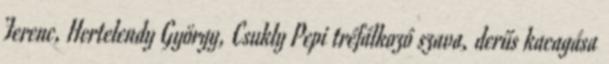
Ferenc, Hertelendy György, Csukly Pepi tréfálkozó szava, derűs kacagása